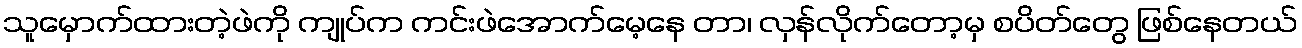
သူမှောက်ထားတဲ့ဖဲကို ကျုပ်က ကင်းဖဲအောက်မေ့နေ တာ၊ လှန်လိုက်တော့မှ စပိတ်တွေ ဖြစ်နေတယ်